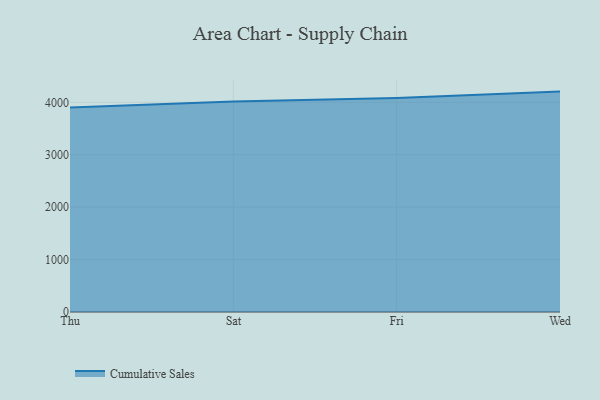
{"axis": {"x": "Day", "y": "Active Users"}, "legend": ["Cumulative Sales"], "data": [{"x": "Thu", "y": 3902.9, "type": "Cumulative Sales"}, {"x": "Sat", "y": 4014.1, "type": "Cumulative Sales"}, {"x": "Fri", "y": 4081.0, "type": "Cumulative Sales"}, {"x": "Wed", "y": 4204.7, "type": "Cumulative Sales"}]}